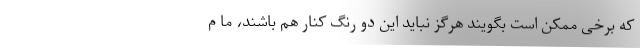
که برخی ممکن است بگویند هرگز نباید این دو رنگ کنار هم باشند، ما م